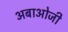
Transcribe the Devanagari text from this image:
अबाओजी